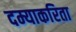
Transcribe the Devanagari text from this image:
दम्याकरिता